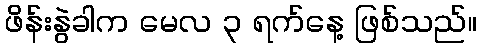
ဖိန်းနွဲခါက မေလ ၃ ရက်နေ့ ဖြစ်သည်။